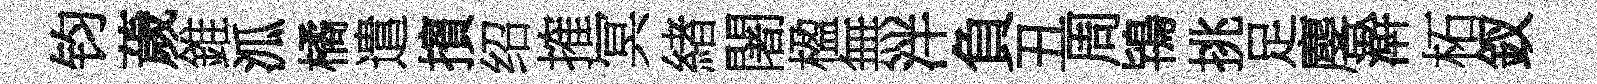
钧薉錐泒橘遣擯绍搉冥緖闍楹無泮負丑周鴇挑足麐澣柘釵